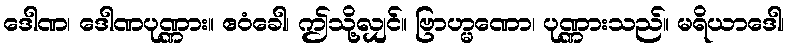
ဒေါဏ၊ ဒေါဏပုဏ္ဏား။ ဧဝံခေါ၊ ဤသို့လျှင်။ ဗြာဟ္မဏော၊ ပုဏ္ဏားသည်။ မရိယာဒေါ၊